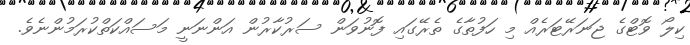
ކިލޯ ވޮޓްގެ ޖަނަރޭޓަރެއް މި ހަފުތާގެ ތެރޭގައި ފޮނުވަން ސަރުކާރުން އަންނަނީ މަސައްކަތްކުރަމުންނެވެ.